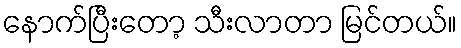
နောက်ပြီးတော့ သီးလာတာ မြင်တယ်။